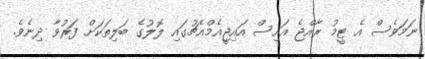
ނަމަވެސް އެ ޓީމު ރާއްޖެ އައިސް އައިޖީއެމްއެޗުގައި ލޮލުގެ ބަލިތަކަށް ފަރުވާ ދިނެވެ.